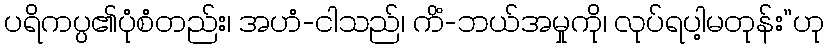
ပရိကပ္ပ၏ပုံစံတည်း၊ အဟံ-ငါသည်၊ ကိံ-ဘယ်အမှုကို၊ လုပ်ရပါ့မတုန်း”ဟု